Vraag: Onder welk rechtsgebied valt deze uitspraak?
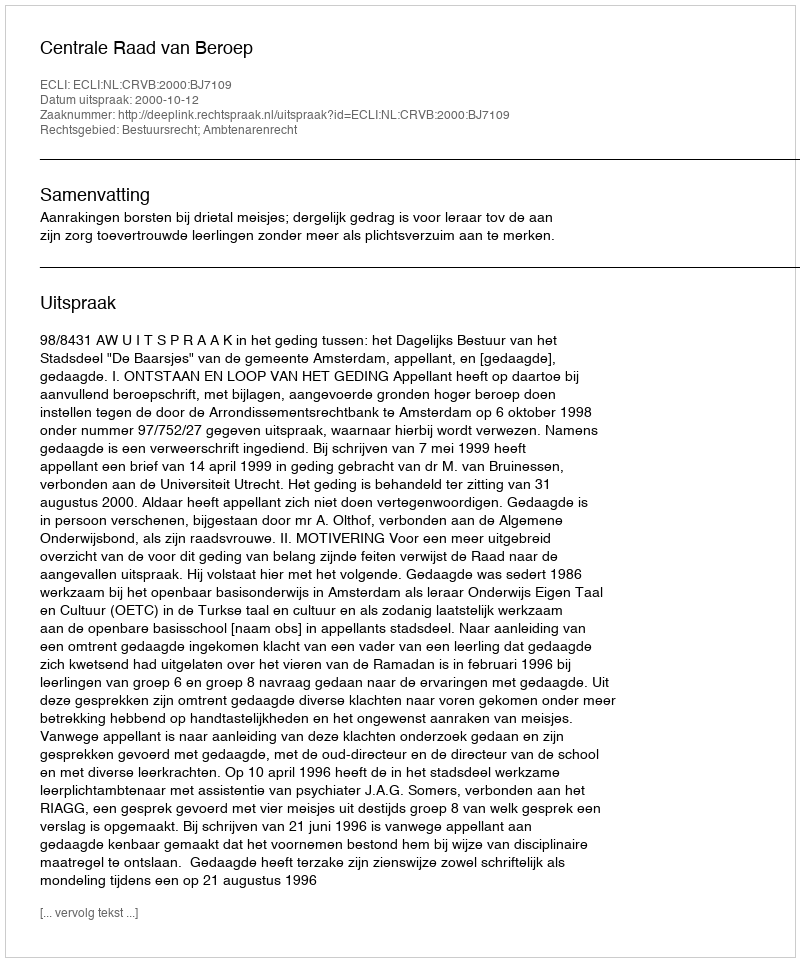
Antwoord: Bestuursrecht; Ambtenarenrecht